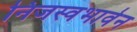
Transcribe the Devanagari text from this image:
निजस्वभावेन